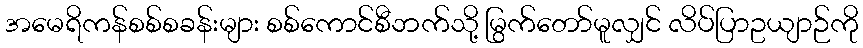
အမေရိကန်စစ်စခန်းများ စစ်ကောင်စီဘက်သို့ မြွက်တော်မူလျှင် လိပ်ပြာဥယျာဉ်ကို